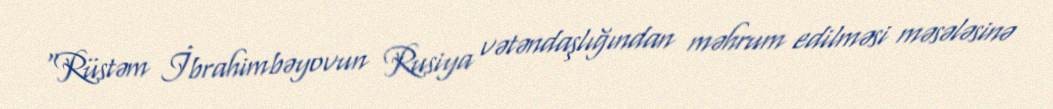
“Rüstəm İbrahimbəyovun Rusiya vətəndaşlığından məhrum edilməsi məsələsinə